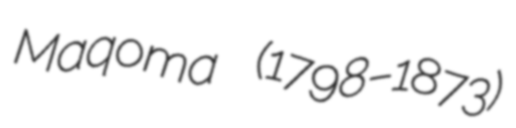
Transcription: Maqoma (1798–1873)